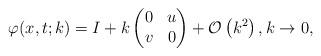
LaTeX: \begin{align*}\varphi(x,t;k)=I+k\begin{pmatrix}0 & u \\v & 0\end{pmatrix}+\mathcal{O}\left(k^2\right), k \rightarrow 0,\end{align*}